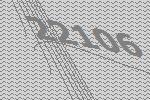
22106